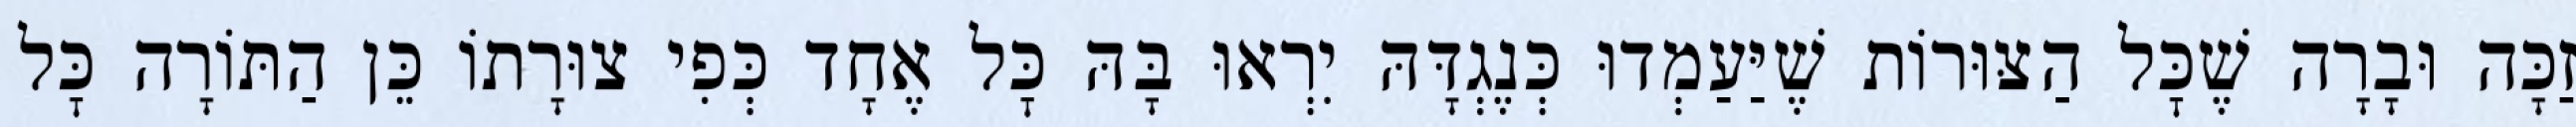
זַכָּה וּבָרָה שֶׁכׇּל הַצּוּרוֹת שֶׁיַּעַמְדוּ כְּנֶגְדָּהּ יִרְאוּ בָּהּ כׇּל אֶחָד כְּפִי צוּרָתוֹ כֵּן הַתּוֹרָה כׇּל